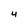
Character: 4